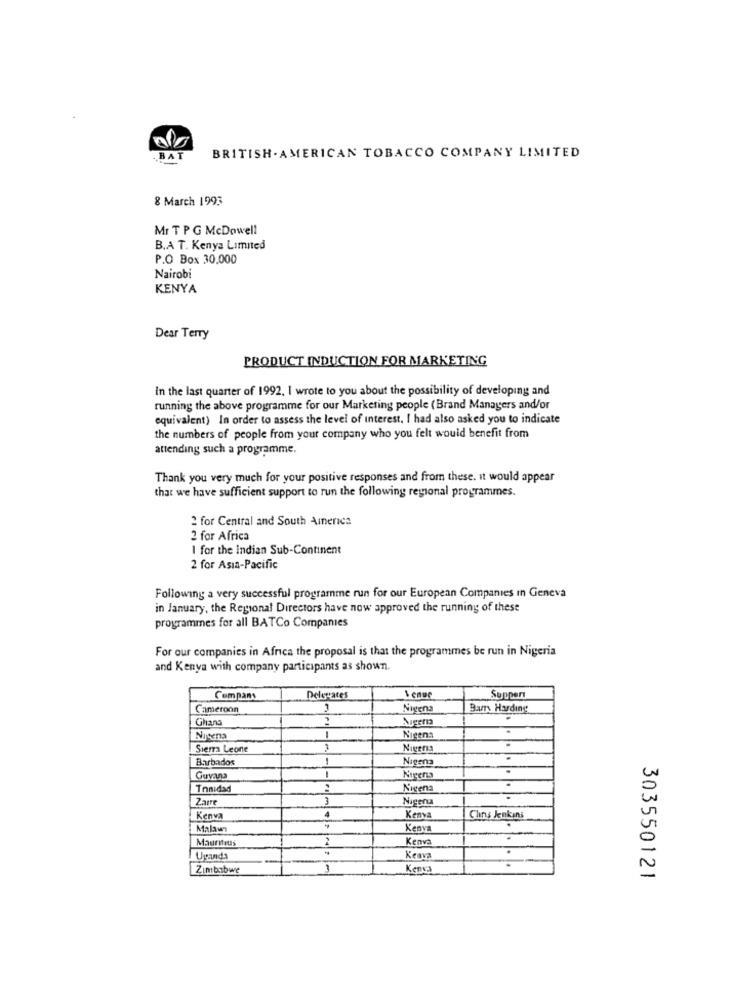
BAT
BRITISH . AMERICAN TOBACCO COMPANY LIMITED
8 March 1993
Mr T P G McDowell
B.A T. Kenya Limited
P.O Box 30,000
Nairobi
KENYA
Dear Terry
PRODUCT INDUCTION FOR MARKETING
In the last quarter of 1992. I wrote to you about the possibility of developing and
running the above programme for our Marketing people (Brand Managers and/or
equivalent) In order to assess the level of interest, I had also asked you to indicate
the numbers of people from your company who you felt would benefit from
attending such a programme.
Thank you very much for your positive responses and from these. it would appear
that we have sufficient support to run the following regional programmes.
2 for Central and South America
2 for Africa
I for the Indian Sub-Continent
2 for Asia-Pacific
Following a very successful programme run for our European Companies In Geneva
in January, the Regional Directors have now approved the running of these
programmes for all BATCo Companies
For our companies in Africa the proposal is that the programmes be run in Nigeria
and Kenya with company participants as shown.
Company
Delerares
Venue
Supper
Cameroon
Nigena
Bam Harding
Ghana
.
Nicena
Nigens
Sierra Leone
Nigeria
Barbados
1
Nigena
1
Guvan:
Tonidad
Nigena
Zaire
3
Nigena
. .
Kenva
Kenya
Clins Jenkins
Malawi
Kenva
Mauritius
Kenva
Uganda
Keava
Zimbabwe
Kenca
303550121